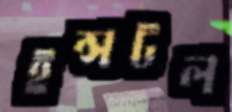
ইন্সটল